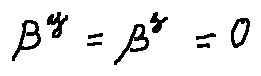
\beta ^ { y } = \beta ^ { z } = 0